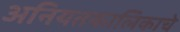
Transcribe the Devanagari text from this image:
अनियतकालिकाचे